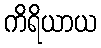
ကိရိယာယ